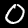
Digit: 0